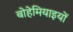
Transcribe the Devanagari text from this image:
बोहेमियाइयों